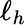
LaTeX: \ell_{h}